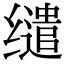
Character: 缱